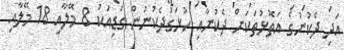
އަދި ދެކުނުގެ އަތޮޅުތަކަށް ދެކުނާއި ހުޅަގުދެކުނުން ގަޑިއަކު 8 މޭލާއި 18 މޭލާއި